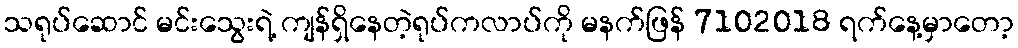
သရုပ်ဆောင် မင်းသွေးရဲ့ ကျန်ရှိနေတဲ့ရုပ်ကလာပ်ကို မနက်ဖြန် 7102018 ရက်နေ့မှာတော့